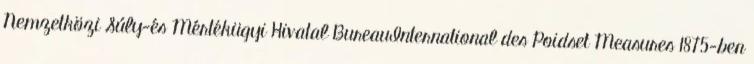
Nemzetközi Súly-és Mértékügyi Hivatal BureauInternational des Poidset Measures 1875-ben